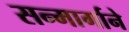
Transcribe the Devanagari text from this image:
सन्मार्गाने